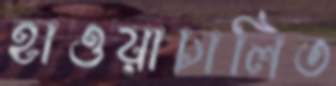
হাওয়াচালিত